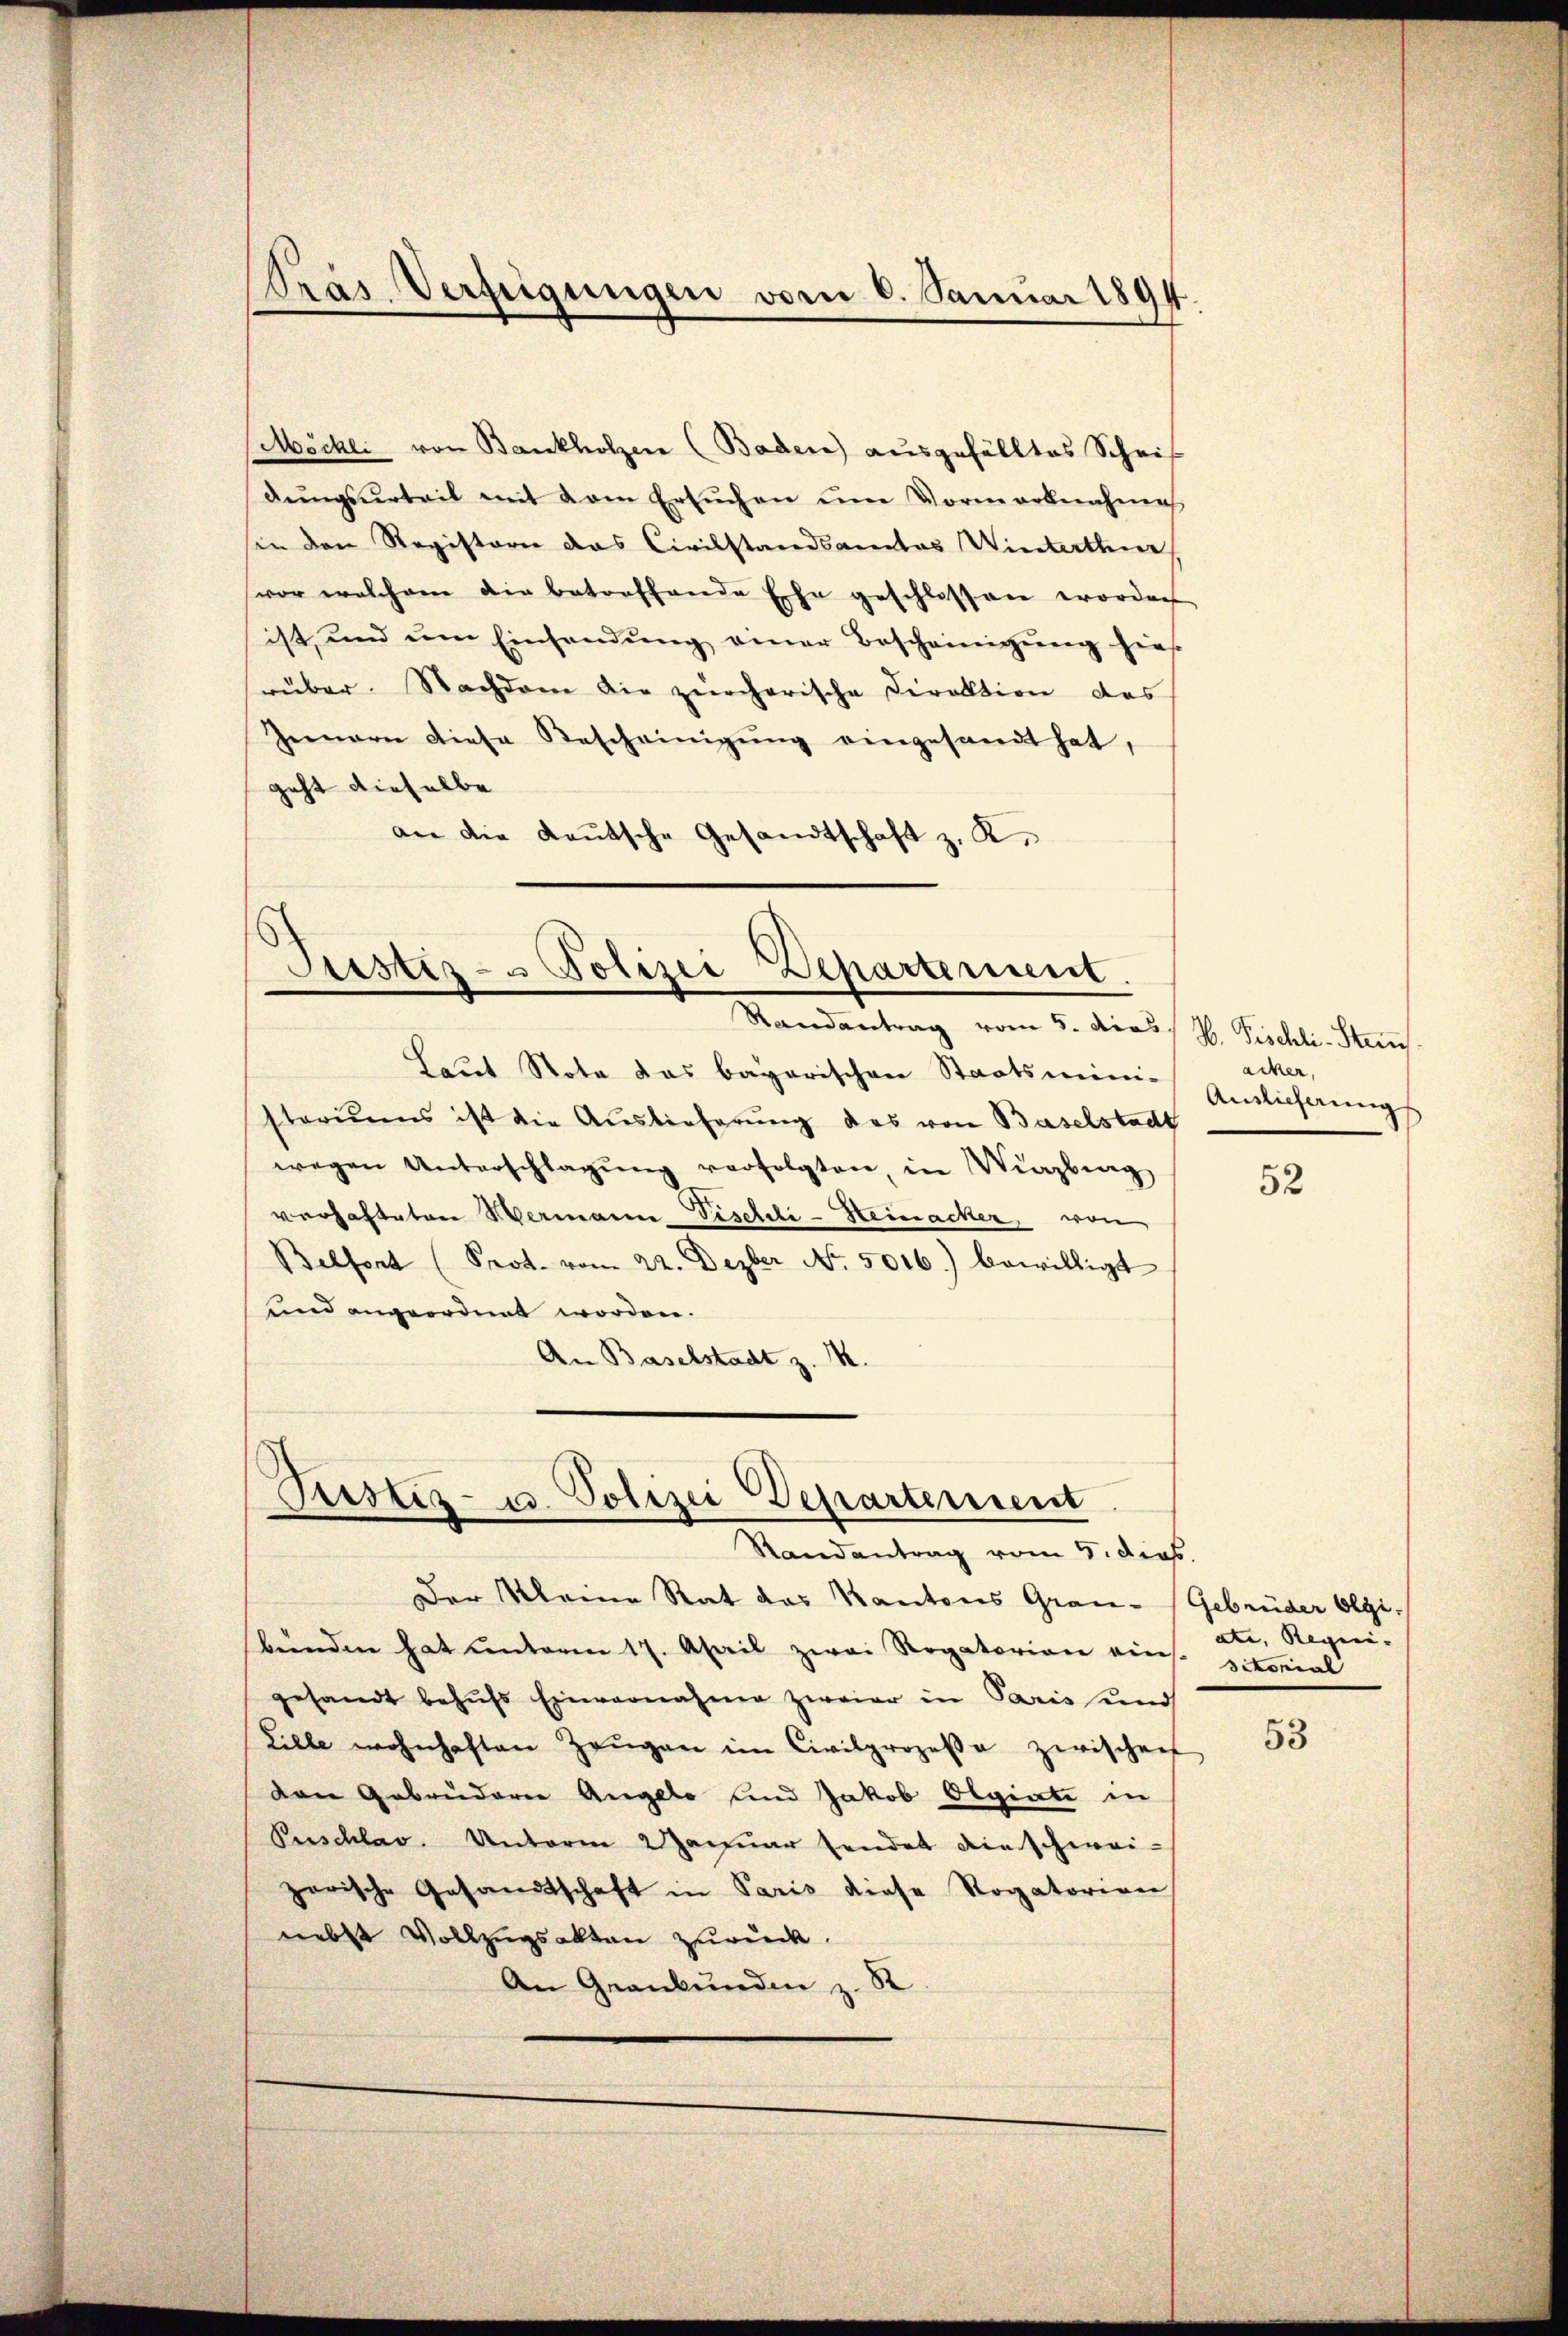
Möchli von Bankholzen (Baden) ausgefälltes Scheis
dŭngsŭrteil mit vom Ersuchen um Vormarbnahme
in den Registern das Civilstandsamtes Winterthur
vor welchem die betreffende Ehe geschlossen worden
ist, und ŭm Einsendŭng einer Bescheinigŭng hies.
rüber. Nachdem die zürcherische Direktion des
Gemare diese Bescheinigŭng eingesandt hat,
geht dieselbe
an die Kautsche Gesandtschaft z. R.

Pras Verfügungen vom 6. Januar 1894
s

Justiz- & Polizei Departement.
Randantrag vom 5. dies H. Fischli-Steu

Laut Note das bayerischen Staatsmini-
storiums ist die Auslieferung das von Baselstadt
wegen Unterschlagŭng verfolgten, in Winzburg
verhafteten Hermann Pischli-Heinacker, von
Belfort (Prot. vom 22. Dezber No. 5016.) bewilligt
und angeordnet worden.
An Baselstadt z. M.

Justiz- u. Polizei Departement
Randantrag vom 5. dies

acker,
Auslieferung

Der Kleine Rat das Kantons Gran- Gebrüder Olgibünden hat unterm 17. April zwei Rogatorion eins. sitorial
gesandt behŭfs Einvernahme zweier in Paris und
Lille wohnhaften Zeŭgen im Civilprozesse zwischen
van Gebrüderer Angelo und Jakob Olgiate in
Peschlag. Unterm 2 Januar sendet die schweizerische Gesandtschaft in Paris diese Rogatorien
nebst Vollzugsakten zurück.
An Grankunden z. R.

52

ate, Regien- |

53